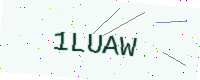
Text: 1LUAW